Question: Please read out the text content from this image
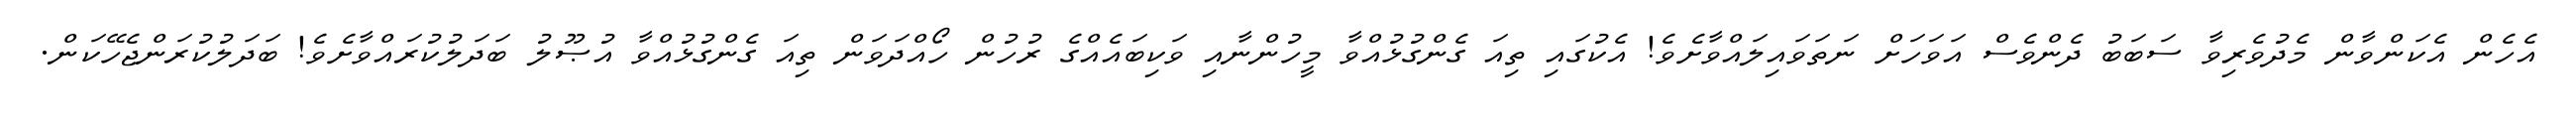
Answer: އެހެން އެކަންވާން މެދުވެރިވާ ސަބަބު ދެންވެސް އަވަހަށް ނަތަވައިލައްވާށެވެ! އެކުގައި ތިއަ ގެންގުޅުއްވާ މީހުންނާއި ވަކިބައެއްގެ ރުހުން ހޯއްދަވަން ތިއަ ގެންގުޅުއްވާ އުޞޫލު ބަދަލުކުރައްވާށެވެ! ބަދަލުކުރަންޖެހޭކަން.